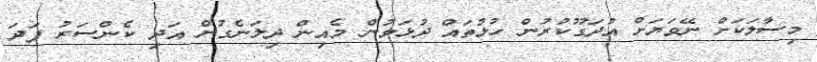
މިސާލަކަށް ނޭވަޔަށް އުދަގޫކުރުން ހުޅުތައް ދުޅަވުން މެއިން ދިލަނެގުން އަދި ކެންސަރު ފަދަ